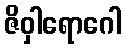
ဇိဝှါရောဂေါ